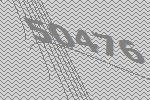
50476